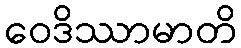
ဝေဒိဿာမာတိ